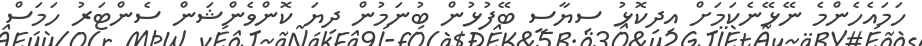
ހަމައެހެންމެ ނޭޅޭނެކަމަށް އިދިކޮޅު ސިޔާސީ ބޭފުޅުން ބުނަމުން ދިޔަ ކޮންވެންޝަން ސެންޓަރު ހަމަސް